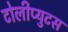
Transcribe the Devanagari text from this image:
टोलीप्युटस